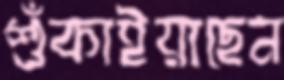
শুঁকাইয়াছেন